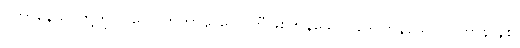
ပဟာနေသု၊ တို့တွင်။ လောကိကာနိ၊ လောကီဖြစ်ကုန်သော။ ဒွေ၊ ကုန်သော။ ပဟာနာနိစ၊